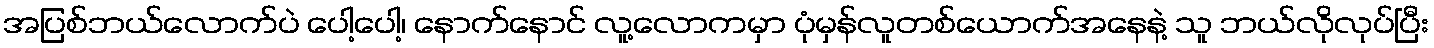
အပြစ်ဘယ်လောက်ပဲ ပေါ့ပေါ့၊ နောက်နောင် လူ့လောကမှာ ပုံမှန်လူတစ်ယောက်အနေနဲ့ သူ ဘယ်လိုလုပ်ပြီး